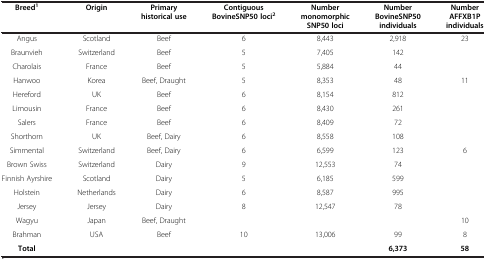
| Breed1 | Origin | Primary historical use | Contiguous BovineSNP50 loci2 | Number monomorphic SNP50 loci | Number BovineSNP50 individuals | Number AFFXB1P individuals |
 | --- | --- | --- | --- | --- | --- | --- |
 | Angus | Scotland | Beef | 6 | 8,443 | 2,918 | 23 |
 | Braunvieh | Switzerland | Beef | 5 | 7,405 | 142 |  |
 | Charolais | France | Beef | 5 | 5,884 | 44 |  |
 | Hanwoo | Korea | Beef, Draught | 5 | 8,353 | 48 | 11 |
 | Hereford | UK | Beef | 6 | 8,154 | 812 |  |
 | Limousin | France | Beef | 6 | 8,430 | 261 |  |
 | Salers | France | Beef | 6 | 8,409 | 72 |  |
 | Shorthorn | UK | Beef, Dairy | 6 | 8,558 | 108 |  |
 | Simmental | Switzerland | Beef, Dairy | 6 | 6,599 | 123 | 6 |
 | Brown Swiss | Switzerland | Dairy | 9 | 12,553 | 74 |  |
 | Finnish Ayrshire | Scotland | Dairy | 5 | 6,185 | 599 |  |
 | Holstein | Netherlands | Dairy | 6 | 8,587 | 995 |  |
 | Jersey | Jersey | Dairy | 8 | 12,547 | 78 |  |
 | Wagyu | Japan | Beef, Draught |  |  |  | 10 |
 | Brahman | USA | Beef | 10 | 13,006 | 99 | 8 |
 | Total |  |  |  |  | 6,373 | 58 |